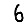
Digit: 6